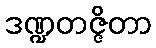
ဒဏ္ဍတဇ္ဇိတာ